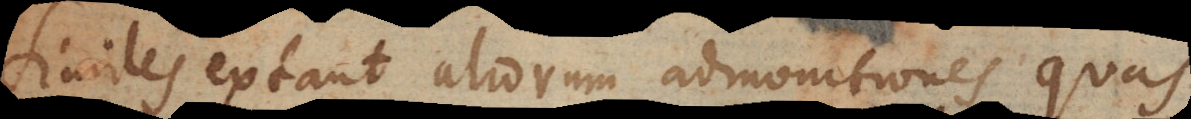
imiles extant aliorum admonitiones quas